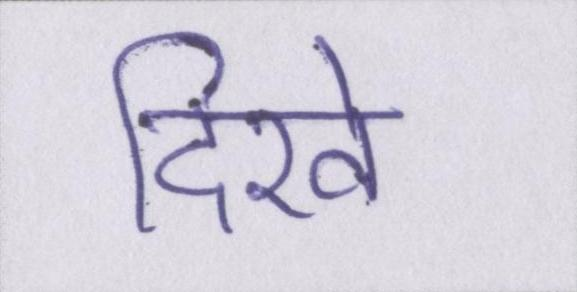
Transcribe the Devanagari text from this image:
दिखे